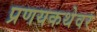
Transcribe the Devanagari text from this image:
प्रणयकथेवर